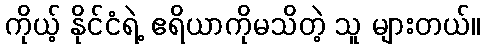
ကိုယ့် နိုင်ငံရဲ့ ဧရိယာကိုမသိတဲ့ သူ များတယ်။